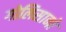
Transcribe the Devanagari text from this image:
गोलिसानो